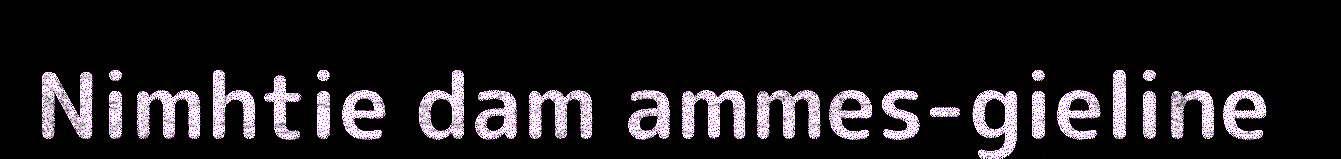
Nimhtie dam ammes-gieline